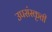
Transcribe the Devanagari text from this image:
उपसंस्कृती